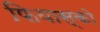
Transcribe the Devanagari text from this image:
फियास्को